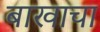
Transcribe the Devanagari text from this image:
बाखाचा